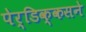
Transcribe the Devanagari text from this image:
पेर्डिक्कसने